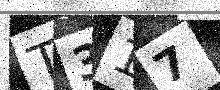
Text: T317